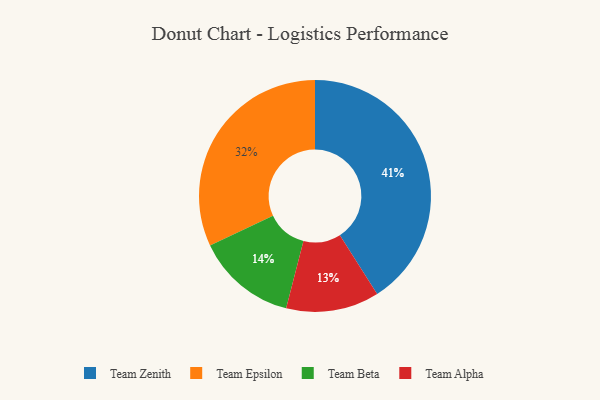
{"axis": {"x": "Category", "y": "Percentage"}, "legend": ["Team Alpha", "Team Beta", "Team Epsilon", "Team Zenith"], "data": [{"x": "Team Zenith", "y": 41, "type": "Team Zenith"}, {"x": "Team Beta", "y": 14, "type": "Team Beta"}, {"x": "Team Epsilon", "y": 32, "type": "Team Epsilon"}, {"x": "Team Alpha", "y": 13, "type": "Team Alpha"}]}